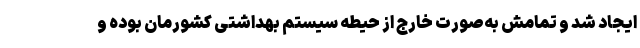
ایجاد شد و تمامش به‌صورت خارج از حیطه سیستم بهداشتی کشورمان بوده و